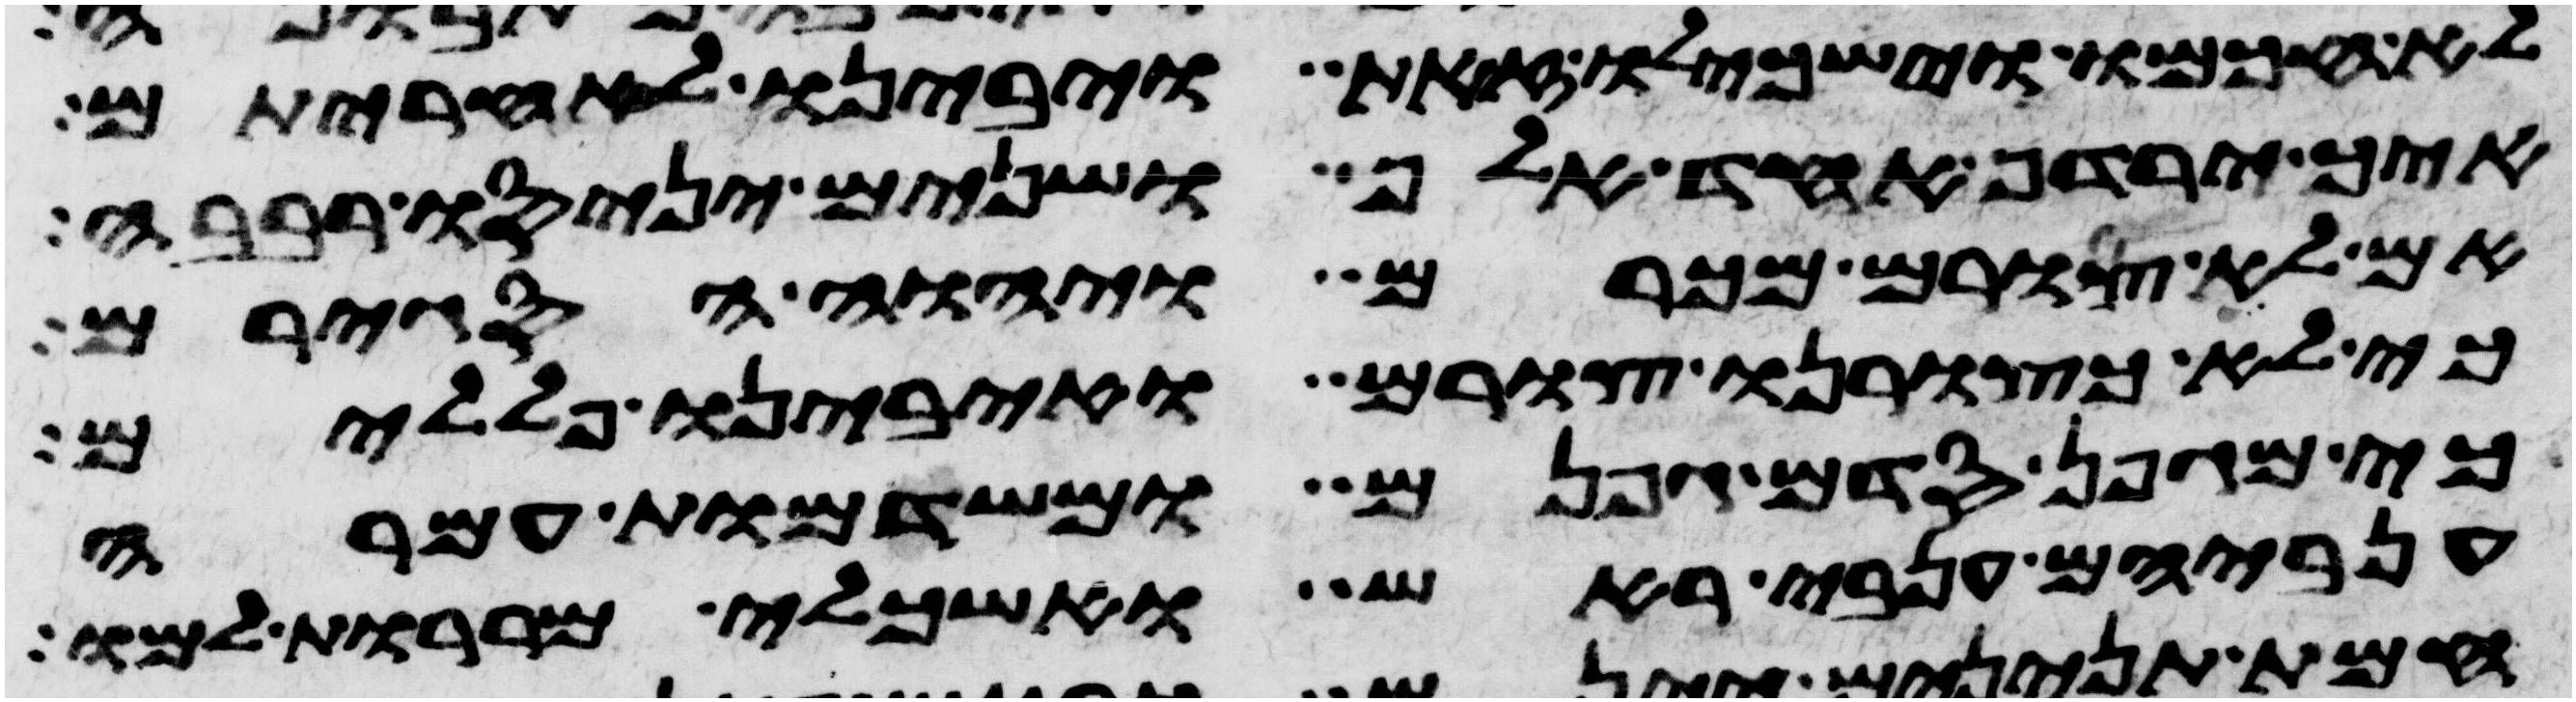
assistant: לא חכמו וישכילו זאת ויבינו לאחריתם
איך ירדף אחד אלף ושנים יניסו רבבה
אם לא צורם מכרם ויהוה הסגירם
כי לא כצורנו צורם ואיבינו פללים
כי מגפן סדם גפנם ומשדמות עמרה
ענביהם ענבי ראש ואשכלי מררות למו